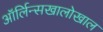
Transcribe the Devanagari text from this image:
ऑर्लिन्सखालोखाल